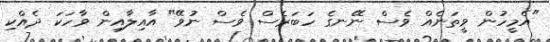
"އެމީހުން ވީތަނެއް ވެސް ނޭނގެ ހަބަރެސް ވެސް ނުވޭ" އާއިލާއިން ވާހަކަ ދެއްކި